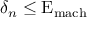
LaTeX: \delta _ { n } \leq \mathrm { E } _ { \mathrm { m a c h } }